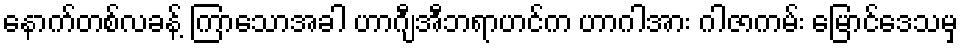
နောက်တစ်လခန့် ကြာသောအခါ ဟာဂျီအီဘရာဟင်က ဟာဂါအား ဂါဇာကမ်း မြောင်ဒေသမှ